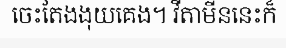
ចេះតែងងុយគេង។ វីតាមីននេះក៏